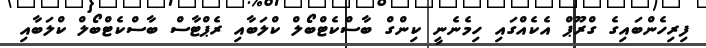
ފިރިހެންބައިގެ ގްރޫޕް އެކެއްގައި ހިމެނެނީ ކިންގް ބާސްކެޓްބޯލް ކްލަބާއި ރެޕްޓާސް ބާސްކެޓްބޯލް ކްލަބާއި